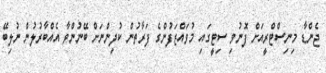
ޖެންޑާ މިނިސްޓްރީއަށް ފޮނުވި ސިޓީގައި މުވައްޒަފުންގެ ފަރާތުން ކުދިންނަށް ބޭނުންވާ އެއްބާރުލުން ނުލިބޭ